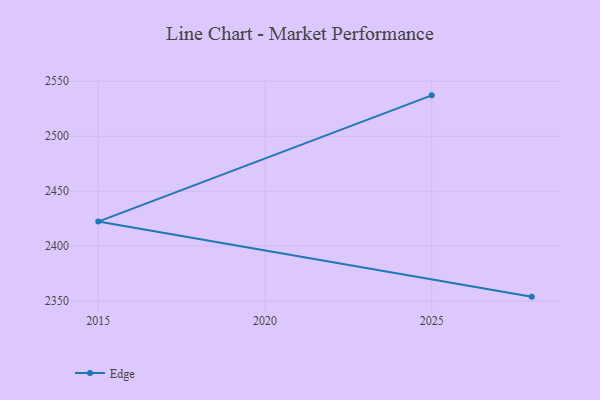
{"axis": {"x": "Year", "y": "LTV (USD)"}, "legend": ["Edge"], "data": [{"x": "2025", "y": 2537.2, "type": "Edge"}, {"x": "2015", "y": 2422.3, "type": "Edge"}, {"x": "2028", "y": 2354.0, "type": "Edge"}]}